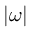
| \boldsymbol { \omega } |